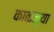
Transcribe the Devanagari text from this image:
काळज्या